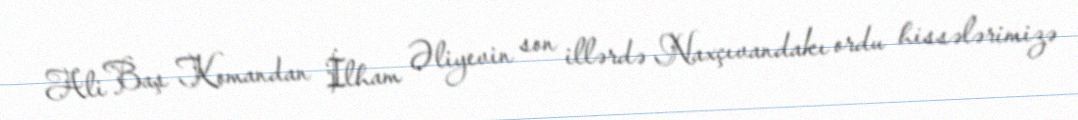
Ali Baş Komandan İlham Əliyevin son illərdə Naxçıvandakı ordu hissələrimizə